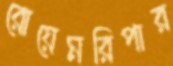
রোয়েমরিপার